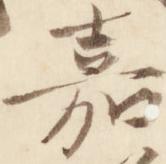
嘉